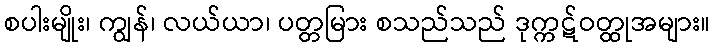
စပါးမျိုး၊ ကျွန်၊ လယ်ယာ၊ ပတ္တမြား စသည်သည် ဒုက္ကဋ်ဝတ္ထုအများ။